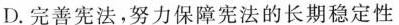
D.完善宪法，努力保障宪法的长期稳定性